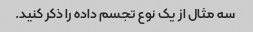
سه مثال از یک نوع تجسم داده را ذکر کنید.